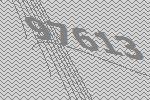
97613